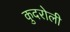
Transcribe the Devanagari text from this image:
कुदरोली